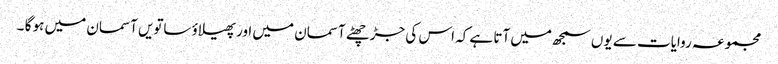
مجموعہ روایات سے یوں سمجھ میں آتا ہے کہ اس کی جڑ چھٹے آسمان میں اور پھیلاؤ ساتویں آسمان میں ہو گا ۔